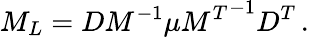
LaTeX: M_{L}=DM^{-1}\mu{M^{T}}^{-1}D^{T}\, .